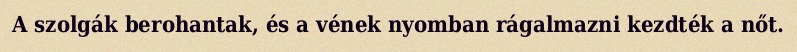
A szolgák berohantak, és a vének nyomban rágalmazni kezdték a nőt.